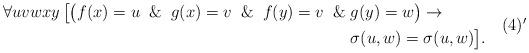
LaTeX: \begin{align*}\begin{aligned} \forall uvwxy\,\bigl[\bigl(f(x) = u \And g(x) = v \And f(y) = v \And &g(y) = w\bigr)\to\\ &\sigma(u,w) = \sigma(u,w)\bigr].\end{aligned} \tag*{(4)$'$}\end{align*}